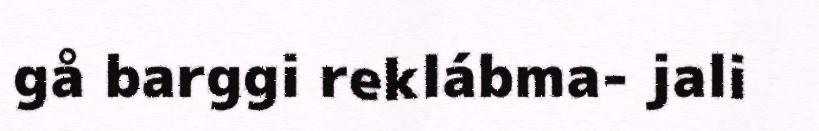
gå barggi reklábma- jali